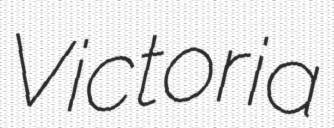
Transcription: Victoria